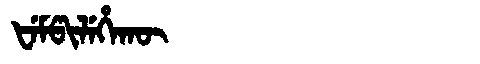
Manchu: ᡶᡝᠮᡦᡳᠯᡝᡥᠠᡴᡡ
Romanization: FEMPILEHAKŪ